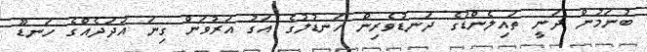
ބުނަމުން ދަނީ ތައިލެންޑުގެ ދަނޑުވެރިން ހަނޑުލުގެ އަގު އަރުވަން ގިނަ އަދަދެއްގެ ހަނޑޫ